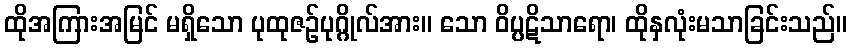
ထိုအကြားအမြင် မရှိသော ပုထုဇဉ်ပုဂ္ဂိုလ်အား။ သော ဝိပ္ပဋိသာရော၊ ထိုနှလုံးမသာခြင်းသည်။